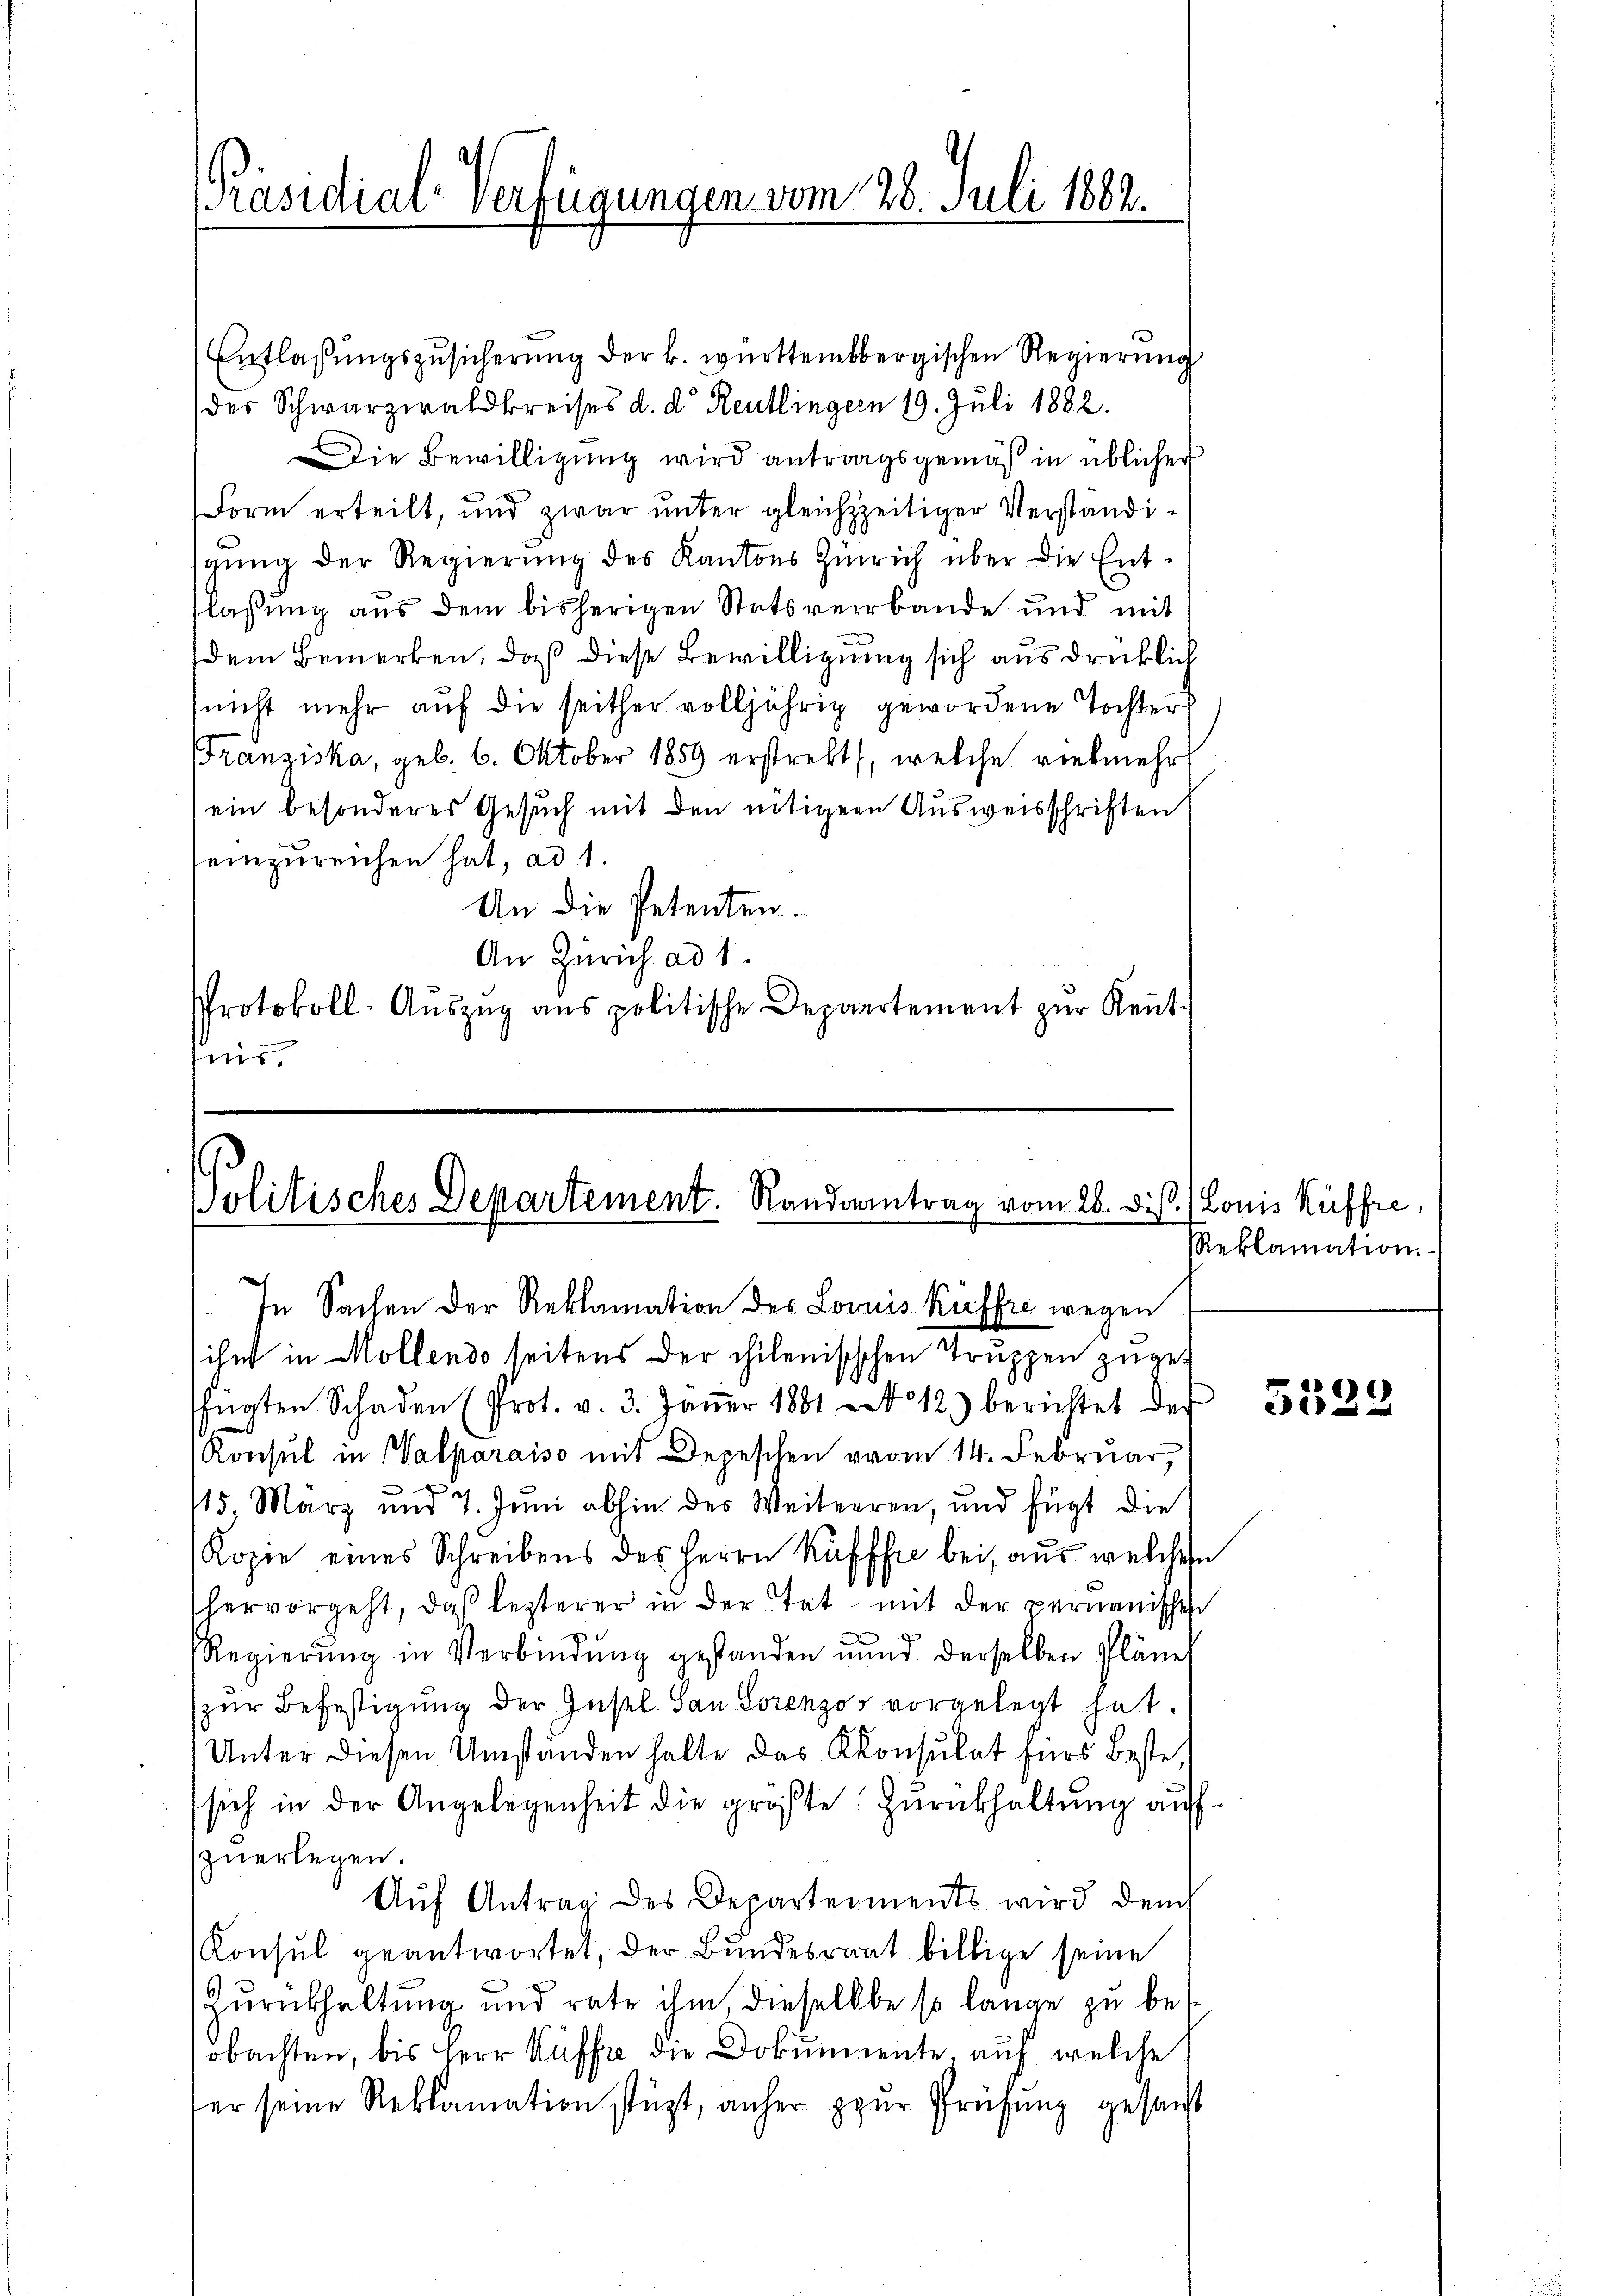
[Präsidial-Verfügungen vom 28. Juli 1882.

Entlassungszusicherung der k. württembergischen Regierung
des Schwarzwaldkreises d. d. Reutlingern 19. Juli 1882.
Die Bewilligung wird antragsgemäß in üblicher
Form erteilt, und zwar unter gleichzeitiger Verständisgung der Regierung des Kantons Zürich über die Entflassung aus dem bisherigen Statsverbande und mit
dem Bemerken, daß diese Bewilligung sich aus drücklich
(nicht mehr auf die seither volljährig gewordene Tochter
Franziska, geb. 6. Oktober 1859 erstrebt, welche vielmehrt
ein besonderes Gesuch mit den nötiger Ausweisschriften
einzureichen hat, ad 1.
An die Petenten.
An Zürich ad 1.
Protokoll: Aŭszŭg ans politische Depaartement zŭr Keṅt-
s.

politisches Departement. Randsantrag vom 28. Dis. (Louis Rüffre,
In Sachen der Reklamation des Louis Kuffre wegen

ihn in Mollendo seitens der chilenischchen Truppen zuges
fügten Schaden (Prot. v. 3. Jäṅer 1881 - 12) berichtet der
Konsul in Valparaiso mit Depeschen vom 14. Februar,
e
15. März und 7. Juni abhin des Weiterren, und fügt die
Kopie eines Schreibens des Herrn Kufffre bei, aus welchen
hervorgeht, daβ lezterer in der Tat mit der permanisches
Regierŭng in Verbindŭng gestanden und derselben Pläne
zur Befestigung der Gusel San Lorenzo vorgelegt hat.
Unter diesen Umständen halte das Konsulat fürs beste,
sich in der Angelegenheit die größte Zurückhaltung aufzuerlegen.
Auf Antrag des Departements wird dem
Konsul geantwortet, der Bundesrat billige seine
Zurückhaltung und rate ihm, dieselbe so lange zu be-
obachten, bis Herr Ruffre die Dokumente auf welche
der seine Reklamation stüzt, anher zur Prüfung gesanst

Reklamation.

¬
533.